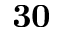
\mathbf { 3 0 }